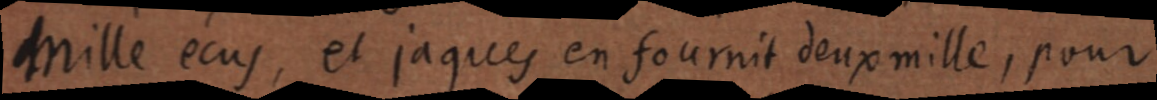
Mille écus, et jaques en fournit deux mille, pour